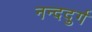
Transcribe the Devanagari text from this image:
नन्ददुर्ग